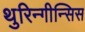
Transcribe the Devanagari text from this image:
थुरिन्गीन्सिस